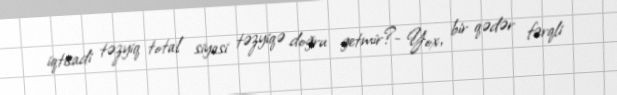
iqtisadi təzyiq total siyasi təzyiqə doğru getmir?- Yox, bir qədər fərqli